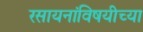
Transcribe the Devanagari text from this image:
रसायनांविषयीच्या